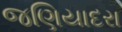
જણિયાદરા